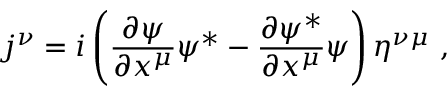
j ^ { \nu } = i \left( { \frac { \partial \psi } { \partial x ^ { \mu } } } \psi ^ { * } - { \frac { \partial \psi ^ { * } } { \partial x ^ { \mu } } } \psi \right) \eta ^ { \nu \mu } ~ ,